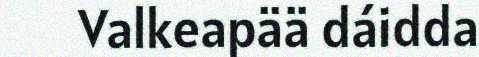
Valkeapää dáidda